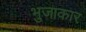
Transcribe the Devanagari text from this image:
भुजाकार